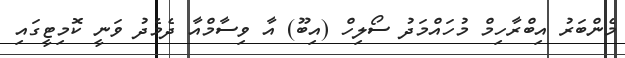
މެންބަރު އިބްރާހިމް މުހައްމަދު ސޯލިހް (އިބޫ) އާ ވިސާމްއާ ދެމެދު ވަނީ ކޮމިޓީގައި